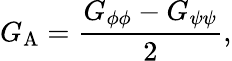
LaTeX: G_{\mathrm{{A}}}=\frac{G_{\phi\phi}-G_{\psi\psi}}{2},